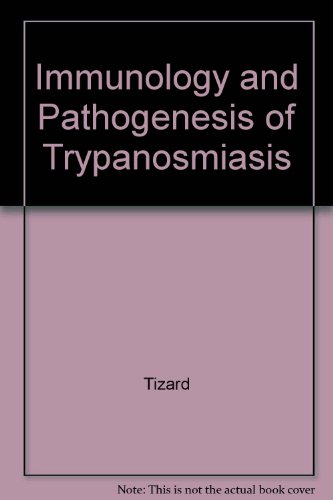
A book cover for Immunology & Pathogenesis Of Trypanosomiasis; Ian Tizard; Medical Books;